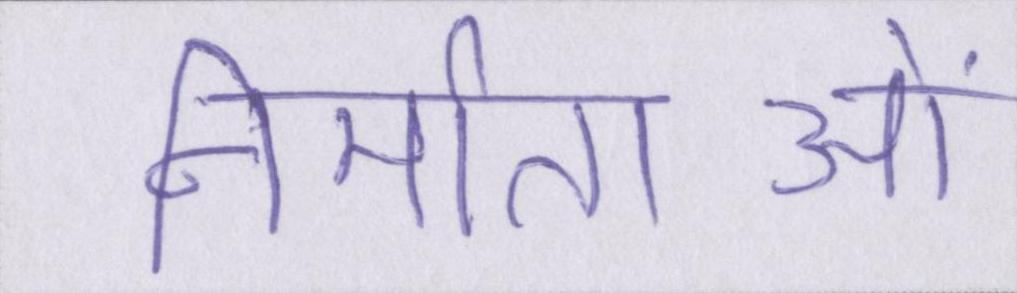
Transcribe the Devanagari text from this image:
निर्माताओं